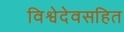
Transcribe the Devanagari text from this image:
विश्वेदेवसहित